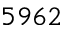
5 9 6 2